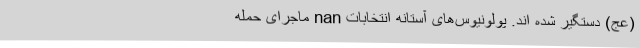
(عج) دستگیر شده اند. پولونیوس‌های آستانه‌ انتخابات nan ماجرای حمله